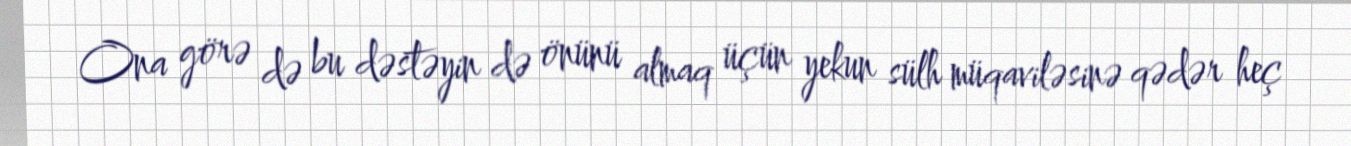
Ona görə də bu dəstəyin də önünü almaq üçün yekun sülh müqaviləsinə qədər heç